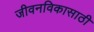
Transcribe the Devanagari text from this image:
जीवनविकासाठी